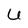
Character: 6